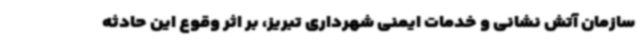
سازمان آتش نشانی و خدمات ایمنی شهرداری تبریز، بر اثر وقوع این حادثه